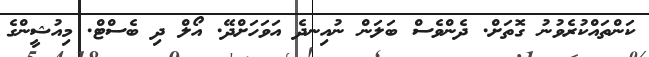
ކަންތައްކުރެވުނު ގޮތަށް. ދެންވެސް ބަލަން ނުއިނދެ އަވަހަށްދޭ. އޯލް ދި ބެސްޓް. މިއުޝީންގެ